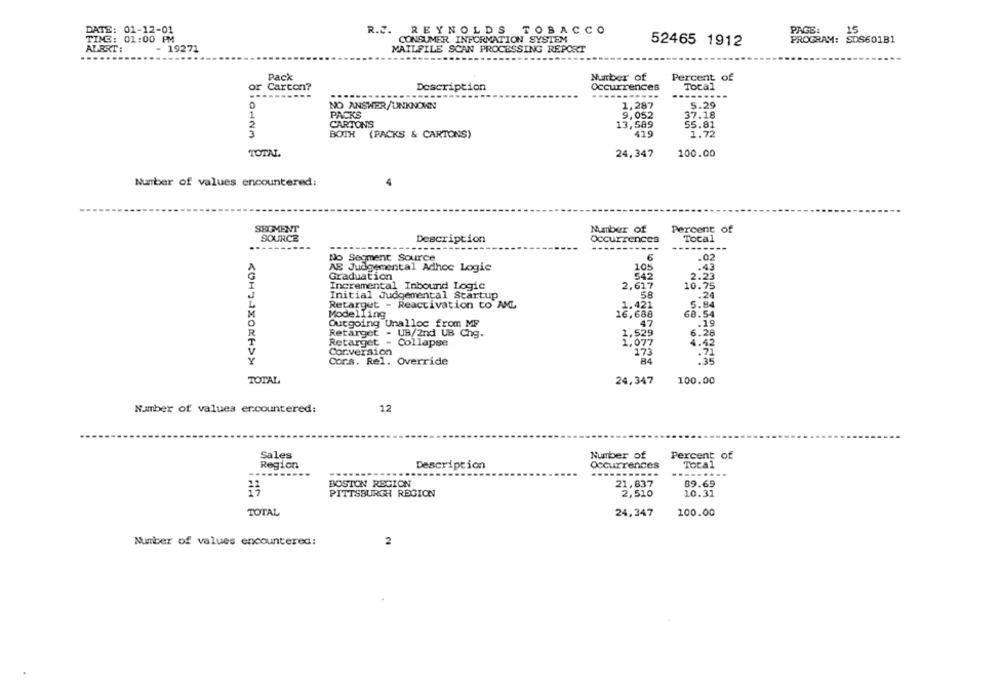
15
DATE: 01-12-01
R.J. REYNOLDS TOBACCO
PAGE:
TING: 01:00 PM
CONSUMER INFORMATION SYSTEM
52465 1912
PROGRAM: SDS601B1
ALERT:
- 19271
MAILFILE SCAN PROCESSING REPORT
....
Pack
Number of
Percent of
or
Carton?
Description
Occurrences
Total
---------
------
------
-----
5.29
NO ANSWER/UNKNOWN
1,287
1
PACKS
9,052
37.18
5
CARTONS
13,589
55.81
BOTH
(PACKS & CARTONS)
419
1.72
TOTAL
24,347
100.00
Number of values encountered:
SEGMENT
Number of
Percent of
SOURCE
Description
Occurrences
Total
No Segment Source
6
.02
AS Judgemental Adhoc Logic
.43
Graduation
542
2.23
Incremental Inbound Logic
2,617
10.75
Initial Judgemental Startup
.24
Retarget - Reactivation to AML
1.421
5.84
Modelling
16,688
68.54
Outgoing Unalloc from MF
47
.19
Retarget - UB/2nd UB Chg.
6.28
2.529
Retarget - Collapse
1.097
4.42
Cor.version
173
Cor.s. Rel. Override
84
:35
TOTAL
24,347
100.00
Number of values encountered:
12
Sales
Number of
Percent
of
Region
Description
Occurrences
Total
---.
BOSTON REGION
21,837
89.69
PITTSBURGH REGION
2,510
10.31
TOTAL
24,347
100.00
Number of values encountered:
2